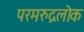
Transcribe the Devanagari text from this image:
परमरुद्रलोक